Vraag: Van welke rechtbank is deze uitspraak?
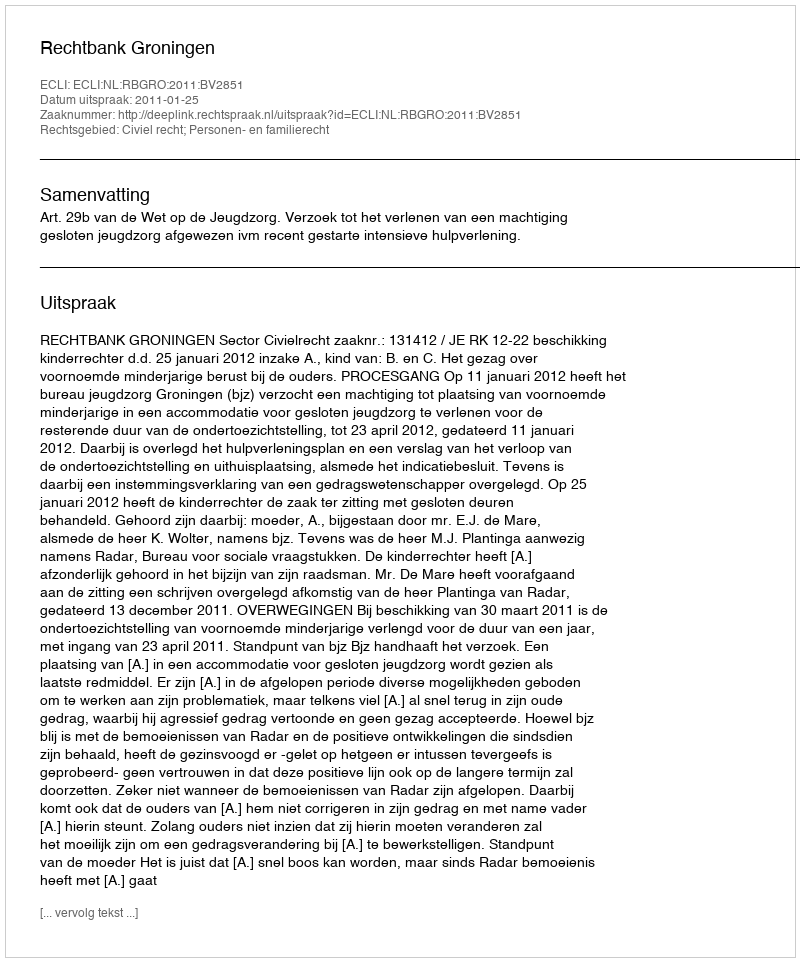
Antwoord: Rechtbank Groningen